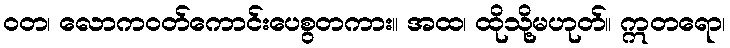
ဝတ၊ လောကဝတ်ကောင်းပေစွတကား။ အထ၊ ထိုသို့မဟုတ်။ ဣတရော၊